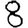
Digit: 8